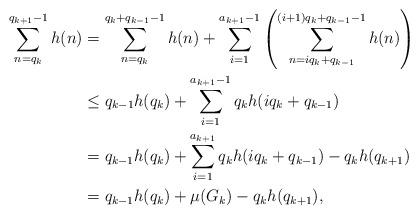
LaTeX: \begin{align*}\sum_{n = q_k}^{q_{k+1} -1} h(n)&= \sum_{n=q_k}^{q_k+q_{k-1}-1} h(n) + \sum_{i=1}^{a_{k+1}-1} \left( \sum_{n = iq_k + q_{k-1}}^{(i+1)q_k+q_{k-1}-1} h(n) \right) \\&\le q_{k-1} h(q_k) + \sum_{i=1}^{a_{k+1}-1} q_k h(iq_k + q_{k-1}) \\&= q_{k-1} h(q_k) + \sum_{i=1}^{a_{k+1}} q_k h(iq_k + q_{k-1}) - q_k h (q_{k+1}) \\&= q_{k-1} h(q_k) + \mu(G_k) - q_k h(q_{k+1}),\end{align*}